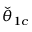
\check { \theta } _ { 1 c }